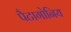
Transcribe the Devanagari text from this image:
पैटागोनिय